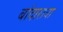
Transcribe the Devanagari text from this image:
बांदाराया